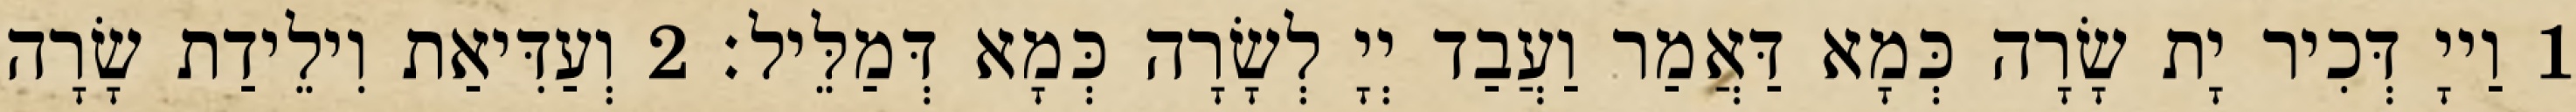
1 וַייָ דְּכִיר יָת שָׂרָה כְּמָא דַּאֲמַר וַעֲבַד יְיָ לְשָׂרָה כְּמָא דְּמַלֵּיל׃ 2 וְעַדִּיאַת וִילֵידַת שָׂרָה